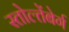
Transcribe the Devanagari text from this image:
स्तोल्तेंबेर्ग